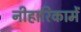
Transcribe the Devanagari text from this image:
नीहारिकामें